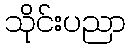
သိုင်းပညာ